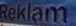
REKLAM